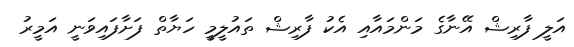
އަލީ ފާރިޝް އޭނާގެ މަންމައާއި އެކު ފާރިޝް ތައުލީމީ ހަޔާތް ފަށާފައިވަނީ އަމީރު